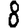
Digit: 8